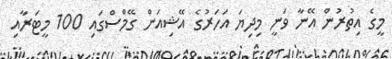
މީގެ އިތުރުން އޭނާ ވަނީ މިދިޔަ އަހަރުގެ އޭޝިއަން ގޭމްސްގައި 100 މީޓަރާއި